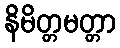
နိမိတ္တမတ္တာ